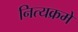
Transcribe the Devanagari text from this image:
नित्यक्रमे